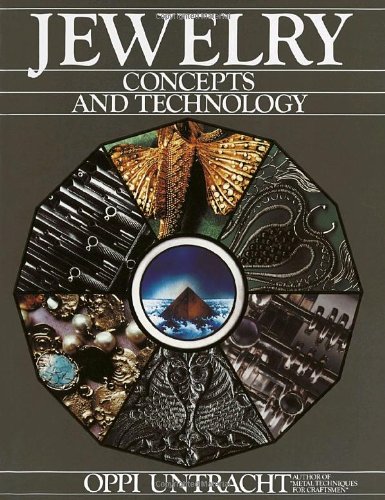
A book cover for Jewelry: Concepts And Technology; Oppi Untracht; Crafts, Hobbies & Home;